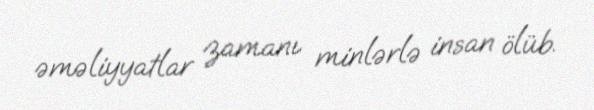
əməliyyatlar zamanı minlərlə insan ölüb.